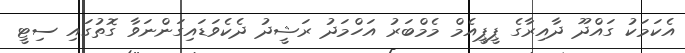
އެކަމަކު ގައްދޫ ދާއިރާގެ ޕީޕީއެމް މެމްބަރު އަހްމަދު ރަޝީދު ދެކެވަޑައިގަންނަވާ ގޮތުގައި ސިޓީ